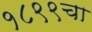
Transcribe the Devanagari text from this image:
१८९९चा